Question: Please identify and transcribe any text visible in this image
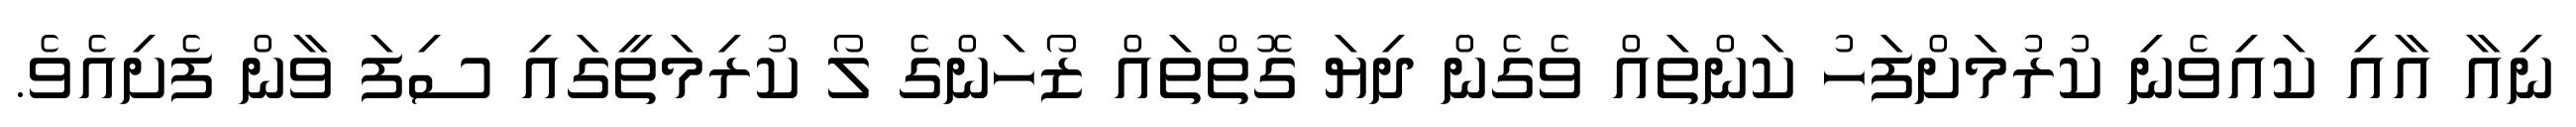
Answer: ނިއާ އާއި ކައިވެނި ކުރުމަށްފަހު ކަންތައް ވެގެން ދިޔަ ގޮތްތައް ޒޯހަންގެ ލޯ ކުރިމަތީގައި ސިފަ ވާން ފެށިއެވެ.